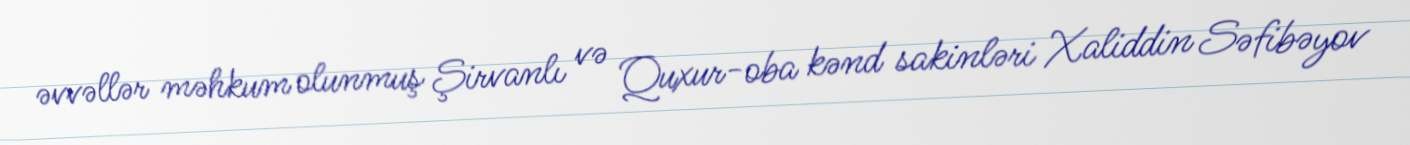
əvvəllər məhkum olunmuş Şirvanlı və Quxur-oba kənd sakinləri Xaliddin Səfibəyov